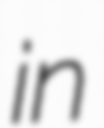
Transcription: in